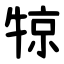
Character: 㹁